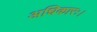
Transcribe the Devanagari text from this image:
अधिकारः।